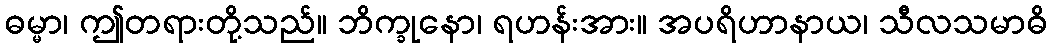
ဓမ္မာ၊ ဤတရားတို့သည်။ ဘိက္ခုနော၊ ရဟန်းအား။ အပရိဟာနာယ၊ သီလသမာဓိ